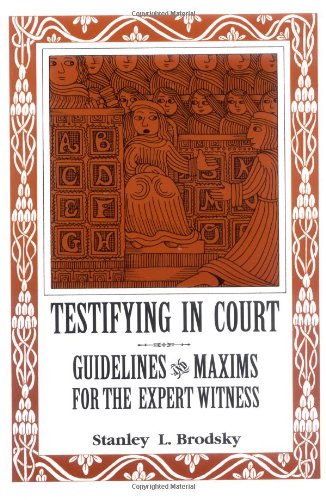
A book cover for Testifying in Court: Guidelines and Maxims for the Expert Witness; Stanley L. Brodsky; Law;